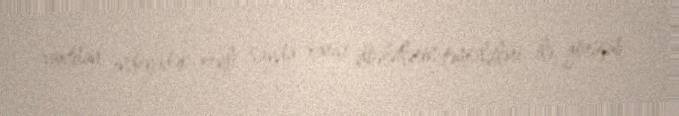
vaxtdan indiyədək xeyli sayda xarici dövlətlərin təmsilçiləri ilə görüşüb,